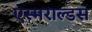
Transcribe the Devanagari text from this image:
एस्मराल्डस